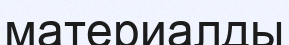
материалды